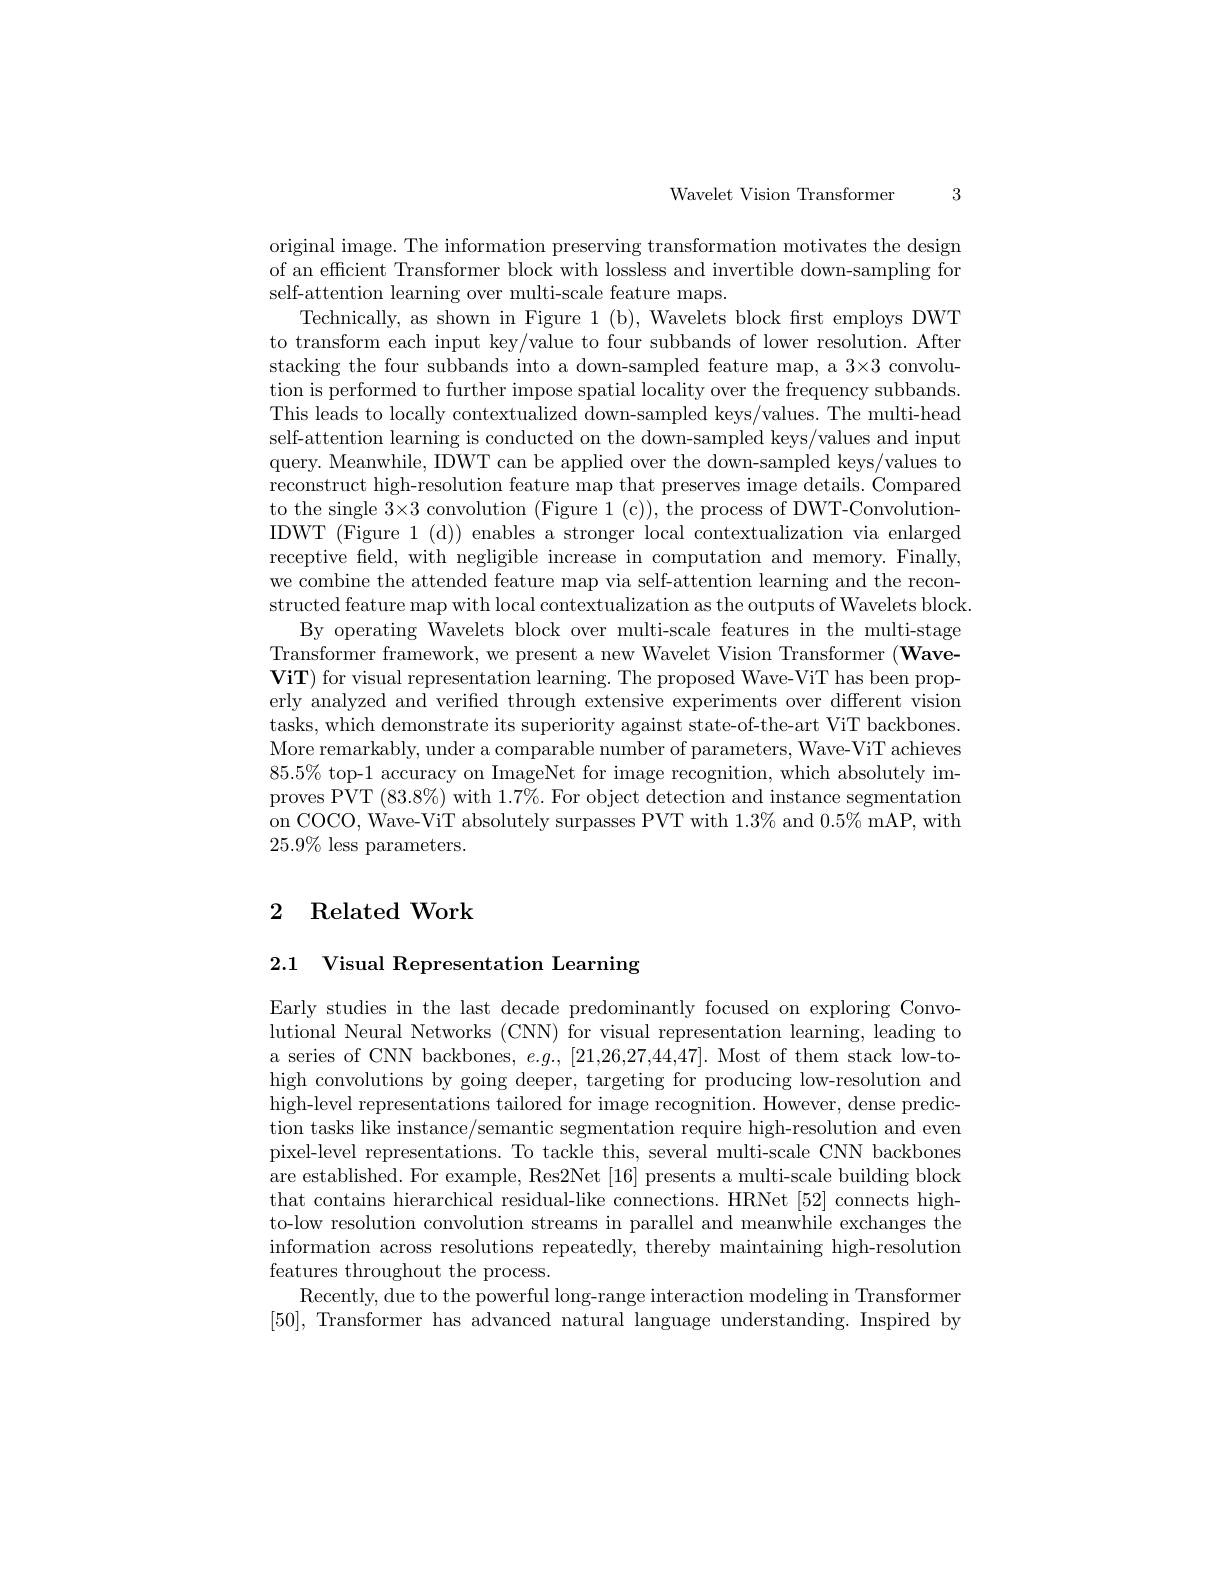
Wavelet Vision Transformer

3

original image. The information preserving transformation motivates the design of an efficient Transformer block with lossless and invertible down-sampling for self-attention learning over multi-scale feature maps.
Technically, as shown in Figure 1 (b), Wavelets block frst employs DWT to transform each input key/value to four subbands of lower resolution. After stacking the four subbands into a down-sampled feature map, a 3×3 convolution is performed to further impose spatial locality over the frequency subbands. This leads to locally contextualized down-sampled keys/values. The multi-head self-attention learning is conducted on the down-sampled keys/values and input query. Meanwhile, IDWT can be applied over the down-sampled keys/values to reconstruct high-resolution feature map that preserves image details. Compared to the single 3×3 convolution (Figure 1 (c)), the process of DWT-ConvolutionIDWT (Figure 1 (d)) enables a stronger local contextualization via enlarged receptive field, with negligible increase in computation and memory. Finally, we combine the attended feature map via self-attention learning and the reconstructed feature map with local contextualization as the outputs of Wavelets block.
By operating Wavelets block over multi-scale features in the multi-stage Transformer framework, we present a new Wavelet Vision Transformer (WaveViT) for visual representation learning. The proposed Wave-ViT has been properly analyzed and verified through extensive experiments over different vision tasks, which demonstrate its superiority against state-of-the-art ViT backbones. More remarkably, under a comparable number of parameters, Wave-ViT achieves $85.5\%$ top-1 accuracy on ImageNet for image recognition, which absolutely improves PVT $(83.8\%)$ with $1.7\%.$ For object detection and instance segmentation on COCO, Wave-ViT absolutely surpasses PVT with $1.3\%$ and $0.5\%$mAP, with $25.9\%$ less parameters.

## 2 Related Work

2.1 Visual Representation Learning

Early studies in the last decade predominantly focused on exploring Convolutional Neural Networks (CNN) for visual representation learning, leading to a series of CNN backbones, $e.g.,[21,26,27,44,47].$ Most of them stack low-tohigh convolutions by going deeper, targeting for producing low-resolution and high-level representations tailored for image recognition. However, dense prediction tasks like instance/semantic segmentation require high-resolution and even pixel-level representations. To tackle this, several multi-scale CNN backbones are established. For example, Res2Net [16] presents a multi-scale building block that contains hierarchical residual-like connections. HRNet [52] connects highto-low resolution convolution streams in parallel and meanwhile exchanges the information across resolutions repeatedly, thereby maintaining high-resolution features throughout the process.
Recently, due to the powerful long-range interaction modeling in Transformer [50], Transformer has advanced natural language understanding. Inspired by